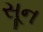
સૂન